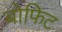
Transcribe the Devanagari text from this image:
बोफिट